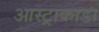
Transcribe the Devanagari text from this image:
आस्ट्राकाडा